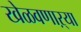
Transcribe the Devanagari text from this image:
खेळवणाऱ्या